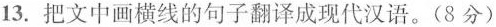
13.把文中画横线的句子翻译成现代汉语。(8分)